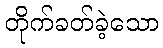
တိုက်ခတ်ခဲ့သော